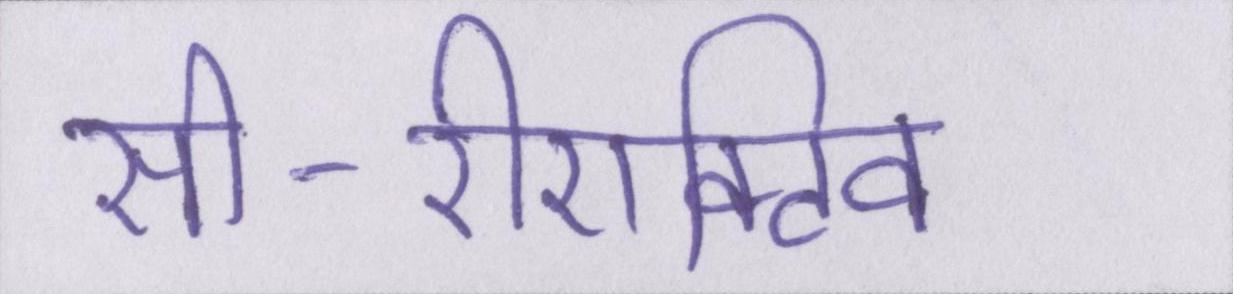
सी-रीएक्टिव